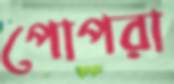
পোপরা